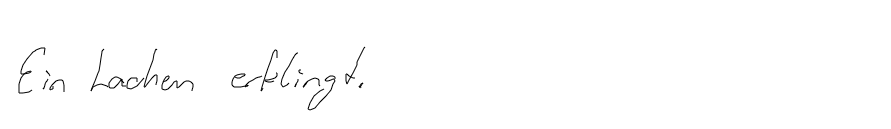
Ein Lachen erklingt.